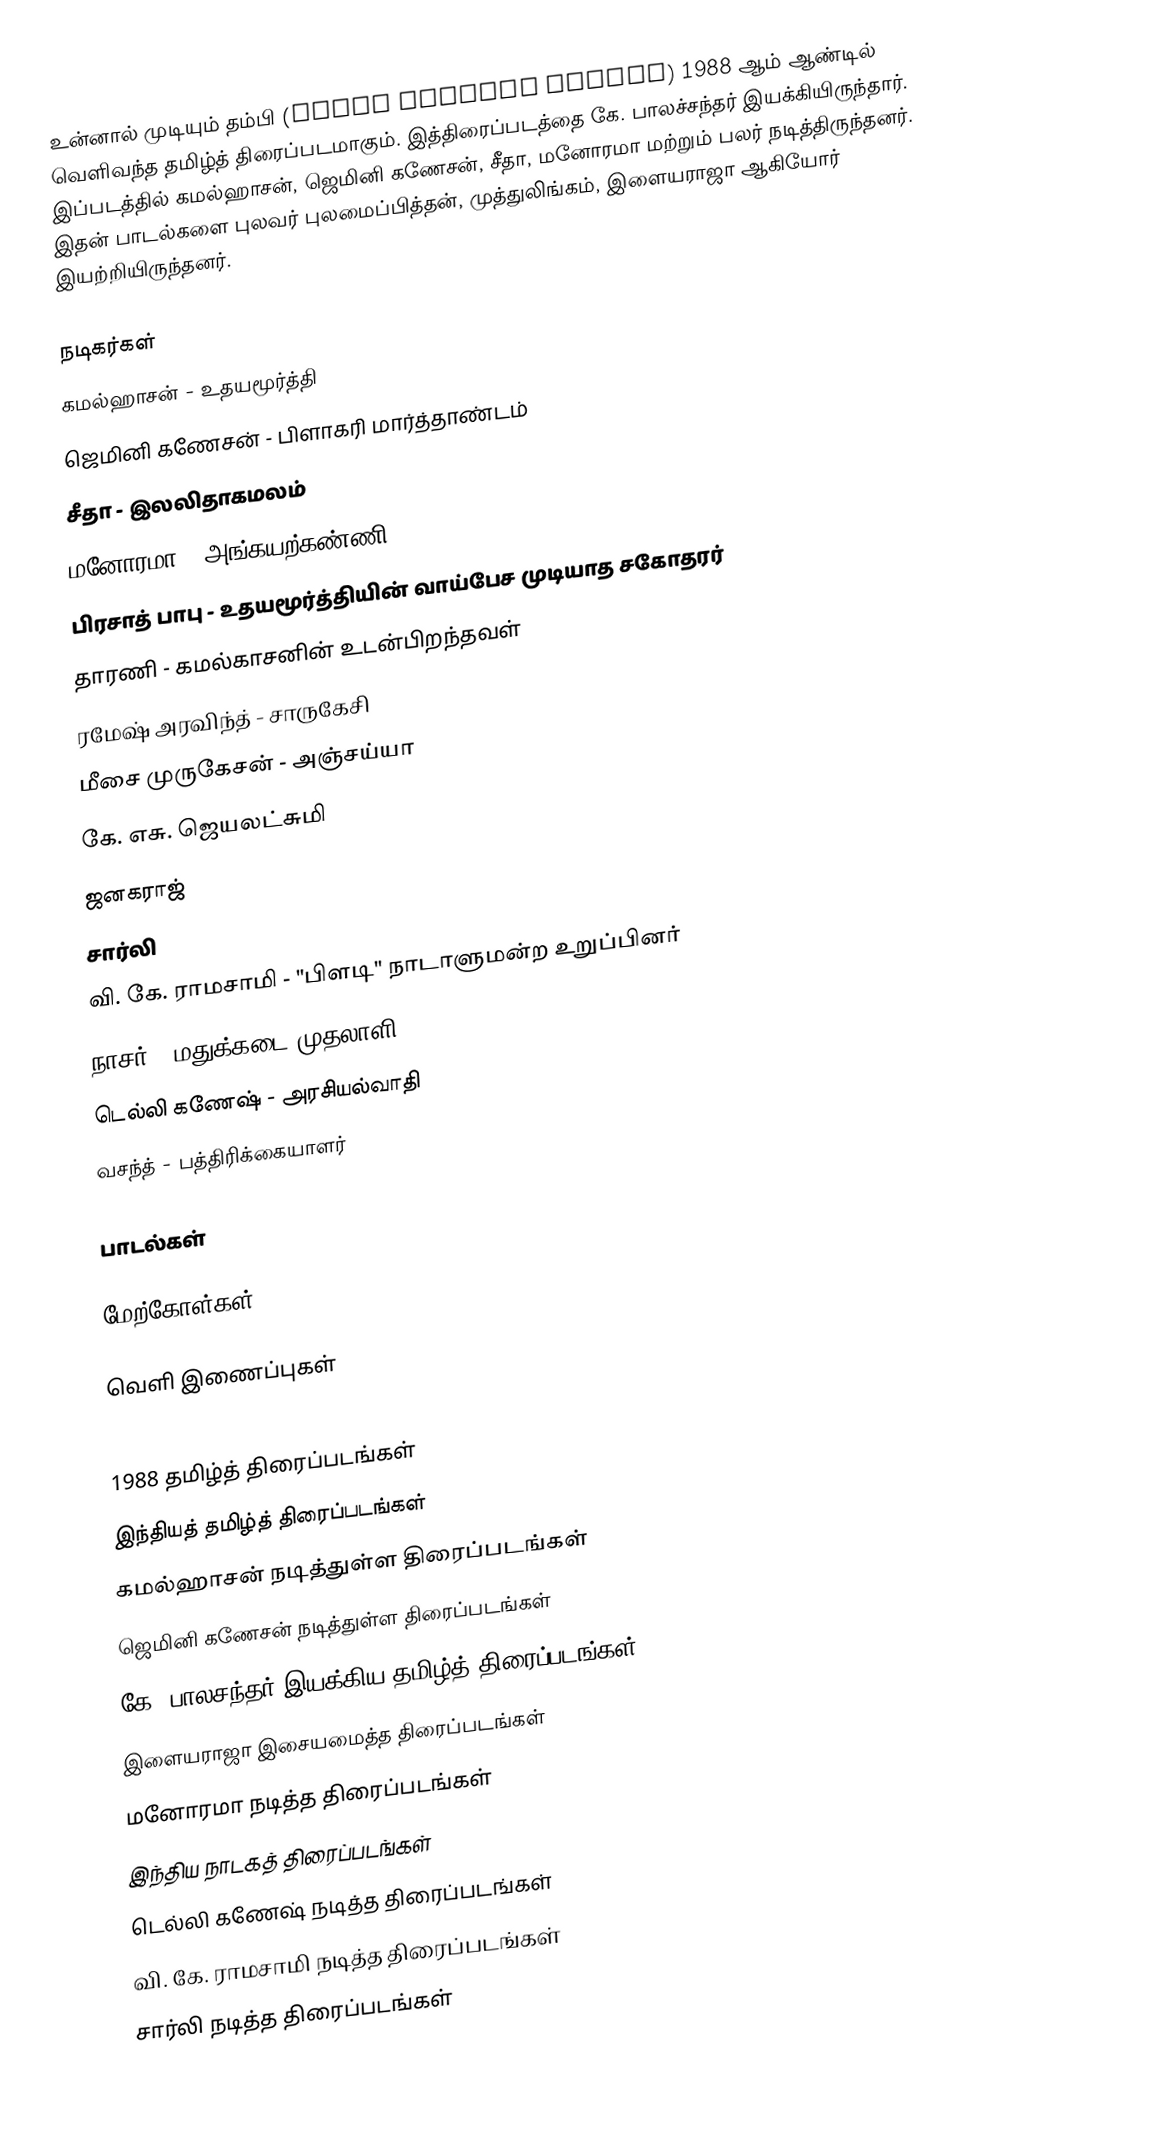
உன்னால் முடியும் தம்பி (Unnal Mudiyum Thambi) 1988 ஆம் ஆண்டில் வெளிவந்த தமிழ்த் திரைப்படமாகும்.  இத்திரைப்படத்தை கே. பாலச்சந்தர் இயக்கியிருந்தார். இப்படத்தில் கமல்ஹாசன், ஜெமினி கணேசன், சீதா, மனோரமா மற்றும் பலர் நடித்திருந்தனர். இதன் பாடல்களை புலவர் புலமைப்பித்தன், முத்துலிங்கம், இளையராஜா ஆகியோர் இயற்றியிருந்தனர்.

நடிகர்கள்
 கமல்ஹாசன் - உதயமூர்த்தி
 ஜெமினி கணேசன் - பிளாகரி மார்த்தாண்டம்
 சீதா - இலலிதாகமலம்
 மனோரமா - அங்கயற்கண்ணி
 பிரசாத் பாபு - உதயமூர்த்தியின் வாய்பேச முடியாத சகோதரர்
 தாரணி - கமல்காசனின் உடன்பிறந்தவள்
 ரமேஷ் அரவிந்த் - சாருகேசி
 மீசை முருகேசன் - அஞ்சய்யா
 கே. எசு. ஜெயலட்சுமி
 ஜனகராஜ்
 சார்லி
 வி. கே. ராமசாமி - "பிளடி" நாடாளுமன்ற உறுப்பினர்
 நாசர் - மதுக்கடை முதலாளி
 டெல்லி கணேஷ் - அரசியல்வாதி
 வசந்த் - பத்திரிக்கையாளர்

பாடல்கள்

மேற்கோள்கள்

வெளி இணைப்புகள்

1988 தமிழ்த் திரைப்படங்கள்
இந்தியத் தமிழ்த் திரைப்படங்கள்
கமல்ஹாசன் நடித்துள்ள திரைப்படங்கள்
ஜெமினி கணேசன் நடித்துள்ள திரைப்படங்கள்
கே. பாலசந்தர் இயக்கிய தமிழ்த் திரைப்படங்கள்
இளையராஜா இசையமைத்த திரைப்படங்கள்
மனோரமா நடித்த திரைப்படங்கள்
இந்திய நாடகத் திரைப்படங்கள்
டெல்லி கணேஷ் நடித்த திரைப்படங்கள்
வி. கே. ராமசாமி நடித்த திரைப்படங்கள்
சார்லி நடித்த திரைப்படங்கள்